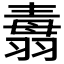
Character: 𦑢